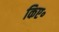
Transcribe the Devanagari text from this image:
किए॰